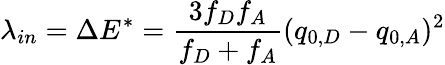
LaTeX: \lambda_{in}=\Delta E^{*}={\frac{3f_{D}f_{A}}{f_{D}+f_{A}}}(q_{0,D}-q_{0,A})^{2}